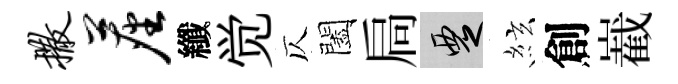
撒尘纖觉仄闔扃覂絃創嶻